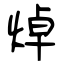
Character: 焯